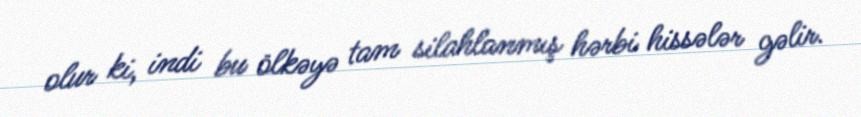
olur ki, indi bu ölkəyə tam silahlanmış hərbi hissələr gəlir.